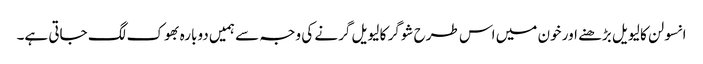
انسولن کا لیویل بڑھنے اور خون میں اس طرح شوگر کا لیویل گرنے کی وجہ سے ہمیں دوبارہ بھوک لگ جاتی ہے۔